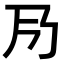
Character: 𠂏